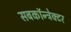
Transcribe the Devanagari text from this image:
सबकॉन्ट्रेक्टर